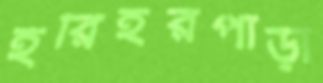
হরিহরপাড়া